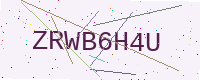
Text: ZRWB6H4U